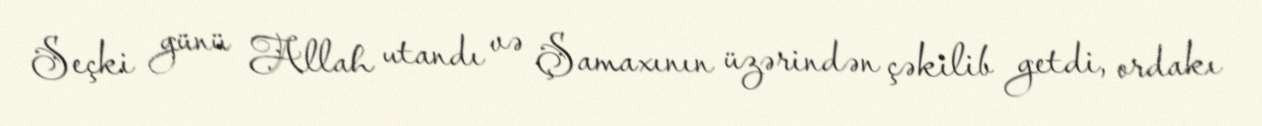
Seçki günü Allah utandı və Şamaxının üzərindən çəkilib getdi, ordakı